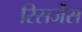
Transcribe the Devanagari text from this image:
रिसर्जेस